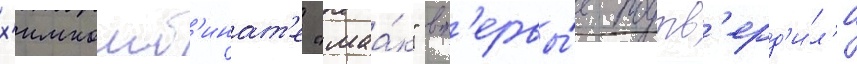
х'имкомб'инат'е "маа́к" вп'ервы́е подтв'ерд'и́л'и